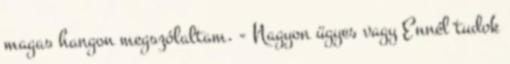
magas hangon megszólaltam. - Nagyon ügyes vagy Ennél tudok